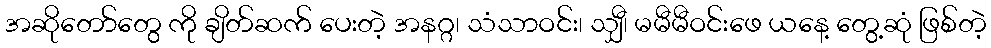
အဆိုတော်တွေ ကို ချိတ်ဆက် ပေးတဲ့ အနဂ္ဂ၊ သံသာဝင်း၊ သျှီ၊ မမီမီဝင်းဖေ ယနေ့ တွေ့ဆုံ ဖြစ်တဲ့